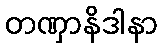
တဏှာနိဒါနာ